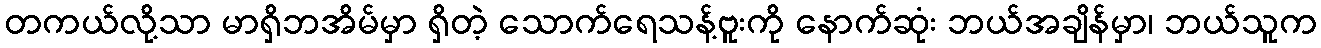
တကယ်လို့သာ မာရှိဘအိမ်မှာ ရှိတဲ့ သောက်ရေသန့်ဗူးကို နောက်ဆုံး ဘယ်အချိန်မှာ၊ ဘယ်သူက